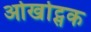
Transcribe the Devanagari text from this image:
ओखोट्सक